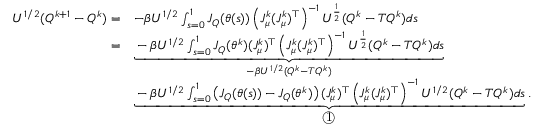
\begin{array} { r l } { U ^ { 1 / 2 } ( Q ^ { k + 1 } - Q ^ { k } ) = } & { - \beta U ^ { 1 / 2 } \int _ { s = 0 } ^ { 1 } J _ { Q } ( \theta ( s ) ) \left( J _ { \mu } ^ { k } ( J _ { \mu } ^ { k } ) ^ { \top } \right) ^ { - 1 } U ^ { \frac { 1 } { 2 } } ( Q ^ { k } - T Q ^ { k } ) d s } \\ { = } & { \underbrace { - \beta U ^ { 1 / 2 } \int _ { s = 0 } ^ { 1 } J _ { Q } ( \theta ^ { k } ) ( J _ { \mu } ^ { k } ) ^ { \top } \left( J _ { \mu } ^ { k } ( J _ { \mu } ^ { k } ) ^ { \top } \right) ^ { - 1 } U ^ { \frac { 1 } { 2 } } ( Q ^ { k } - T Q ^ { k } ) d s } _ { - \beta U ^ { 1 / 2 } ( Q ^ { k } - T Q ^ { k } ) } } \\ & { \underbrace { - \beta U ^ { 1 / 2 } \int _ { s = 0 } ^ { 1 } \left( J _ { Q } ( \theta ( s ) ) - J _ { Q } ( \theta ^ { k } ) \right) ( J _ { \mu } ^ { k } ) ^ { \top } \left( J _ { \mu } ^ { k } ( J _ { \mu } ^ { k } ) ^ { \top } \right) ^ { - 1 } U ^ { 1 / 2 } ( Q ^ { k } - T Q ^ { k } ) d s } _ { \textcircled { 1 } } . } \end{array}